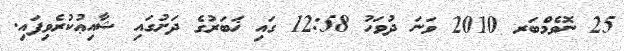
25 ނޮވެމްބަރ 2010 ވަނަ ދުވަހު 12:58 ގައި ޚަބަރުގެ ދަށުގައި ޝާއިޢުކުރެވިފައި.